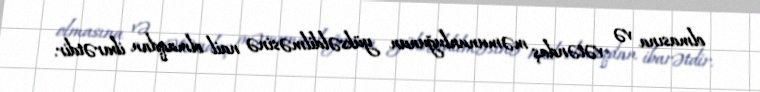
olmasına və vətəndaş məmununluğunun yüksəldilməsinə nail olmaqdan ibarətdir.